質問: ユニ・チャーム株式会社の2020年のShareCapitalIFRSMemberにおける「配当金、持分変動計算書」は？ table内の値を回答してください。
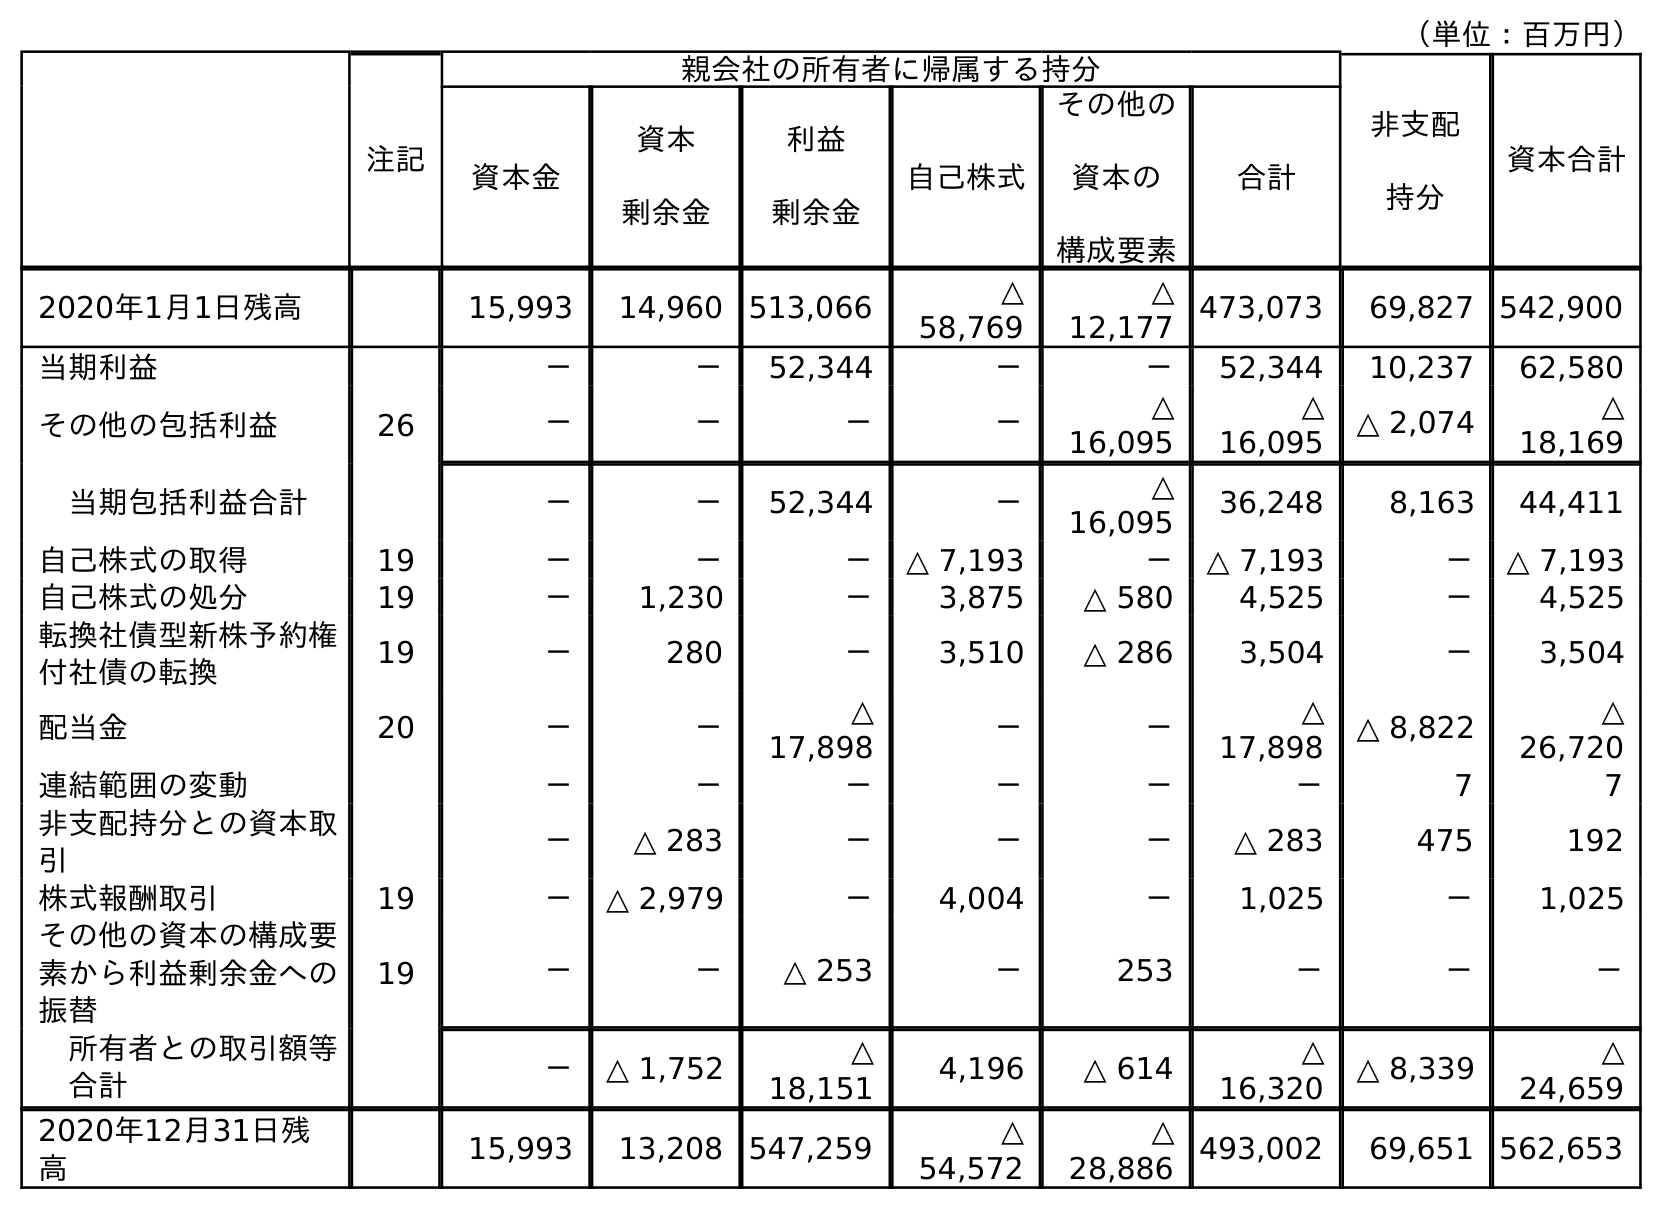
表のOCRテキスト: （単位：百万円） 注記 親会社の所有者に帰属する持分 非支配 持分 資本合計 資本金 資本 剰余金 利益 剰余金 自己株式 その他の 資本の 構成要素 合計 2020年1月1日残高 15,993 14,960 513,066 △ 58,769 △ 12,177 473,073 69,827 542,900 当期利益 － － 52,344 － － 52,344 10,237 62,580 その他の包括利益 26 － － － － △ 16,095 △ 16,095 △ 2,074 △ 18,169 当期包括利益合計 － － 52,344 － △ 16,095 36,248 8,163 44,411 自己株式の取得 19 － － － △ 7,193 － △ 7,193 － △ 7,193 自己株式の処分 19 － 1,230 － 3,875 △ 580 4,525 － 4,525 転換社債型新株予約権 付社債の転換 19 － 280 － 3,510 △ 286 3,504 － 3,504 配当金 20 － － △ 17,898 － － △ 17,898 △ 8,822 △ 26,720 連結範囲の変動 － － － － － － 7 7 非支配持分との資本取 引 － △ 283 － － － △ 283 475 192 株式報酬取引 19 － △ 2,979 － 4,004 － 1,025 － 1,025 その他の資本の構成要 素から利益剰余金への 振替 19 － － △ 253 － 253 － － － 所有者との取引額等 合計 － △ 1,752 △ 18,151 4,196 △ 614 △ 16,320 △ 8,339 △ 24,659 2020年12月31日残 高 15,993 13,208 547,259 △ 54,572 △ 28,886 493,002 69,651 562,653
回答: －